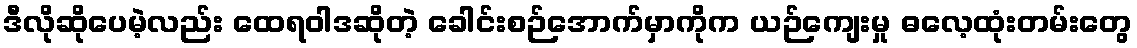
ဒီလိုဆိုပေမဲ့လည်း ထေရဝါဒဆိုတဲ့ ခေါင်းစဉ်အောက်မှာကိုက ယဉ်ကျေးမှု ဓလေ့ထုံးတမ်းတွေ